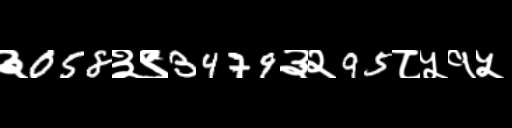
Text: ३058३९3479३२95८५१५